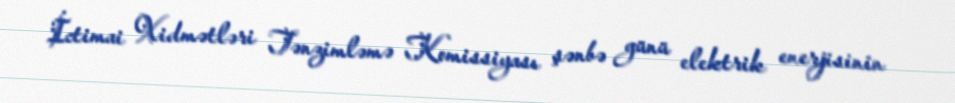
İctimai Xidmətləri Tənzimləmə Komissiyası şənbə günü elektrik enerjisinin